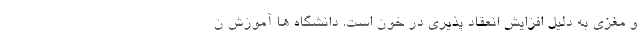
و مغزی به دلیل افزایش انعقاد پذیری در خون است. دانشگاه ها آموزش ن